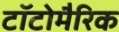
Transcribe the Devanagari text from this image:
टॉटोमैरिक